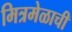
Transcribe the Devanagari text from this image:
मित्रमेळाची